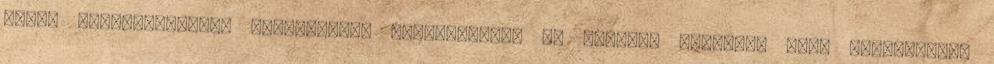
egyik legértékállóbb valutájának megteremtése is járult. Korlátok közé szorítottuk